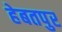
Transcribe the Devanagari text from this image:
हेबतपुर